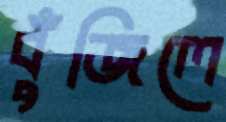
বুঁজিলে